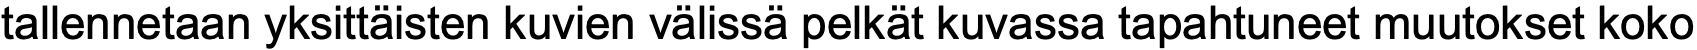
tallennetaan yksittäisten kuvien välissä pelkät kuvassa tapahtuneet muutokset koko